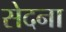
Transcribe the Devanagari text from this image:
सेदना